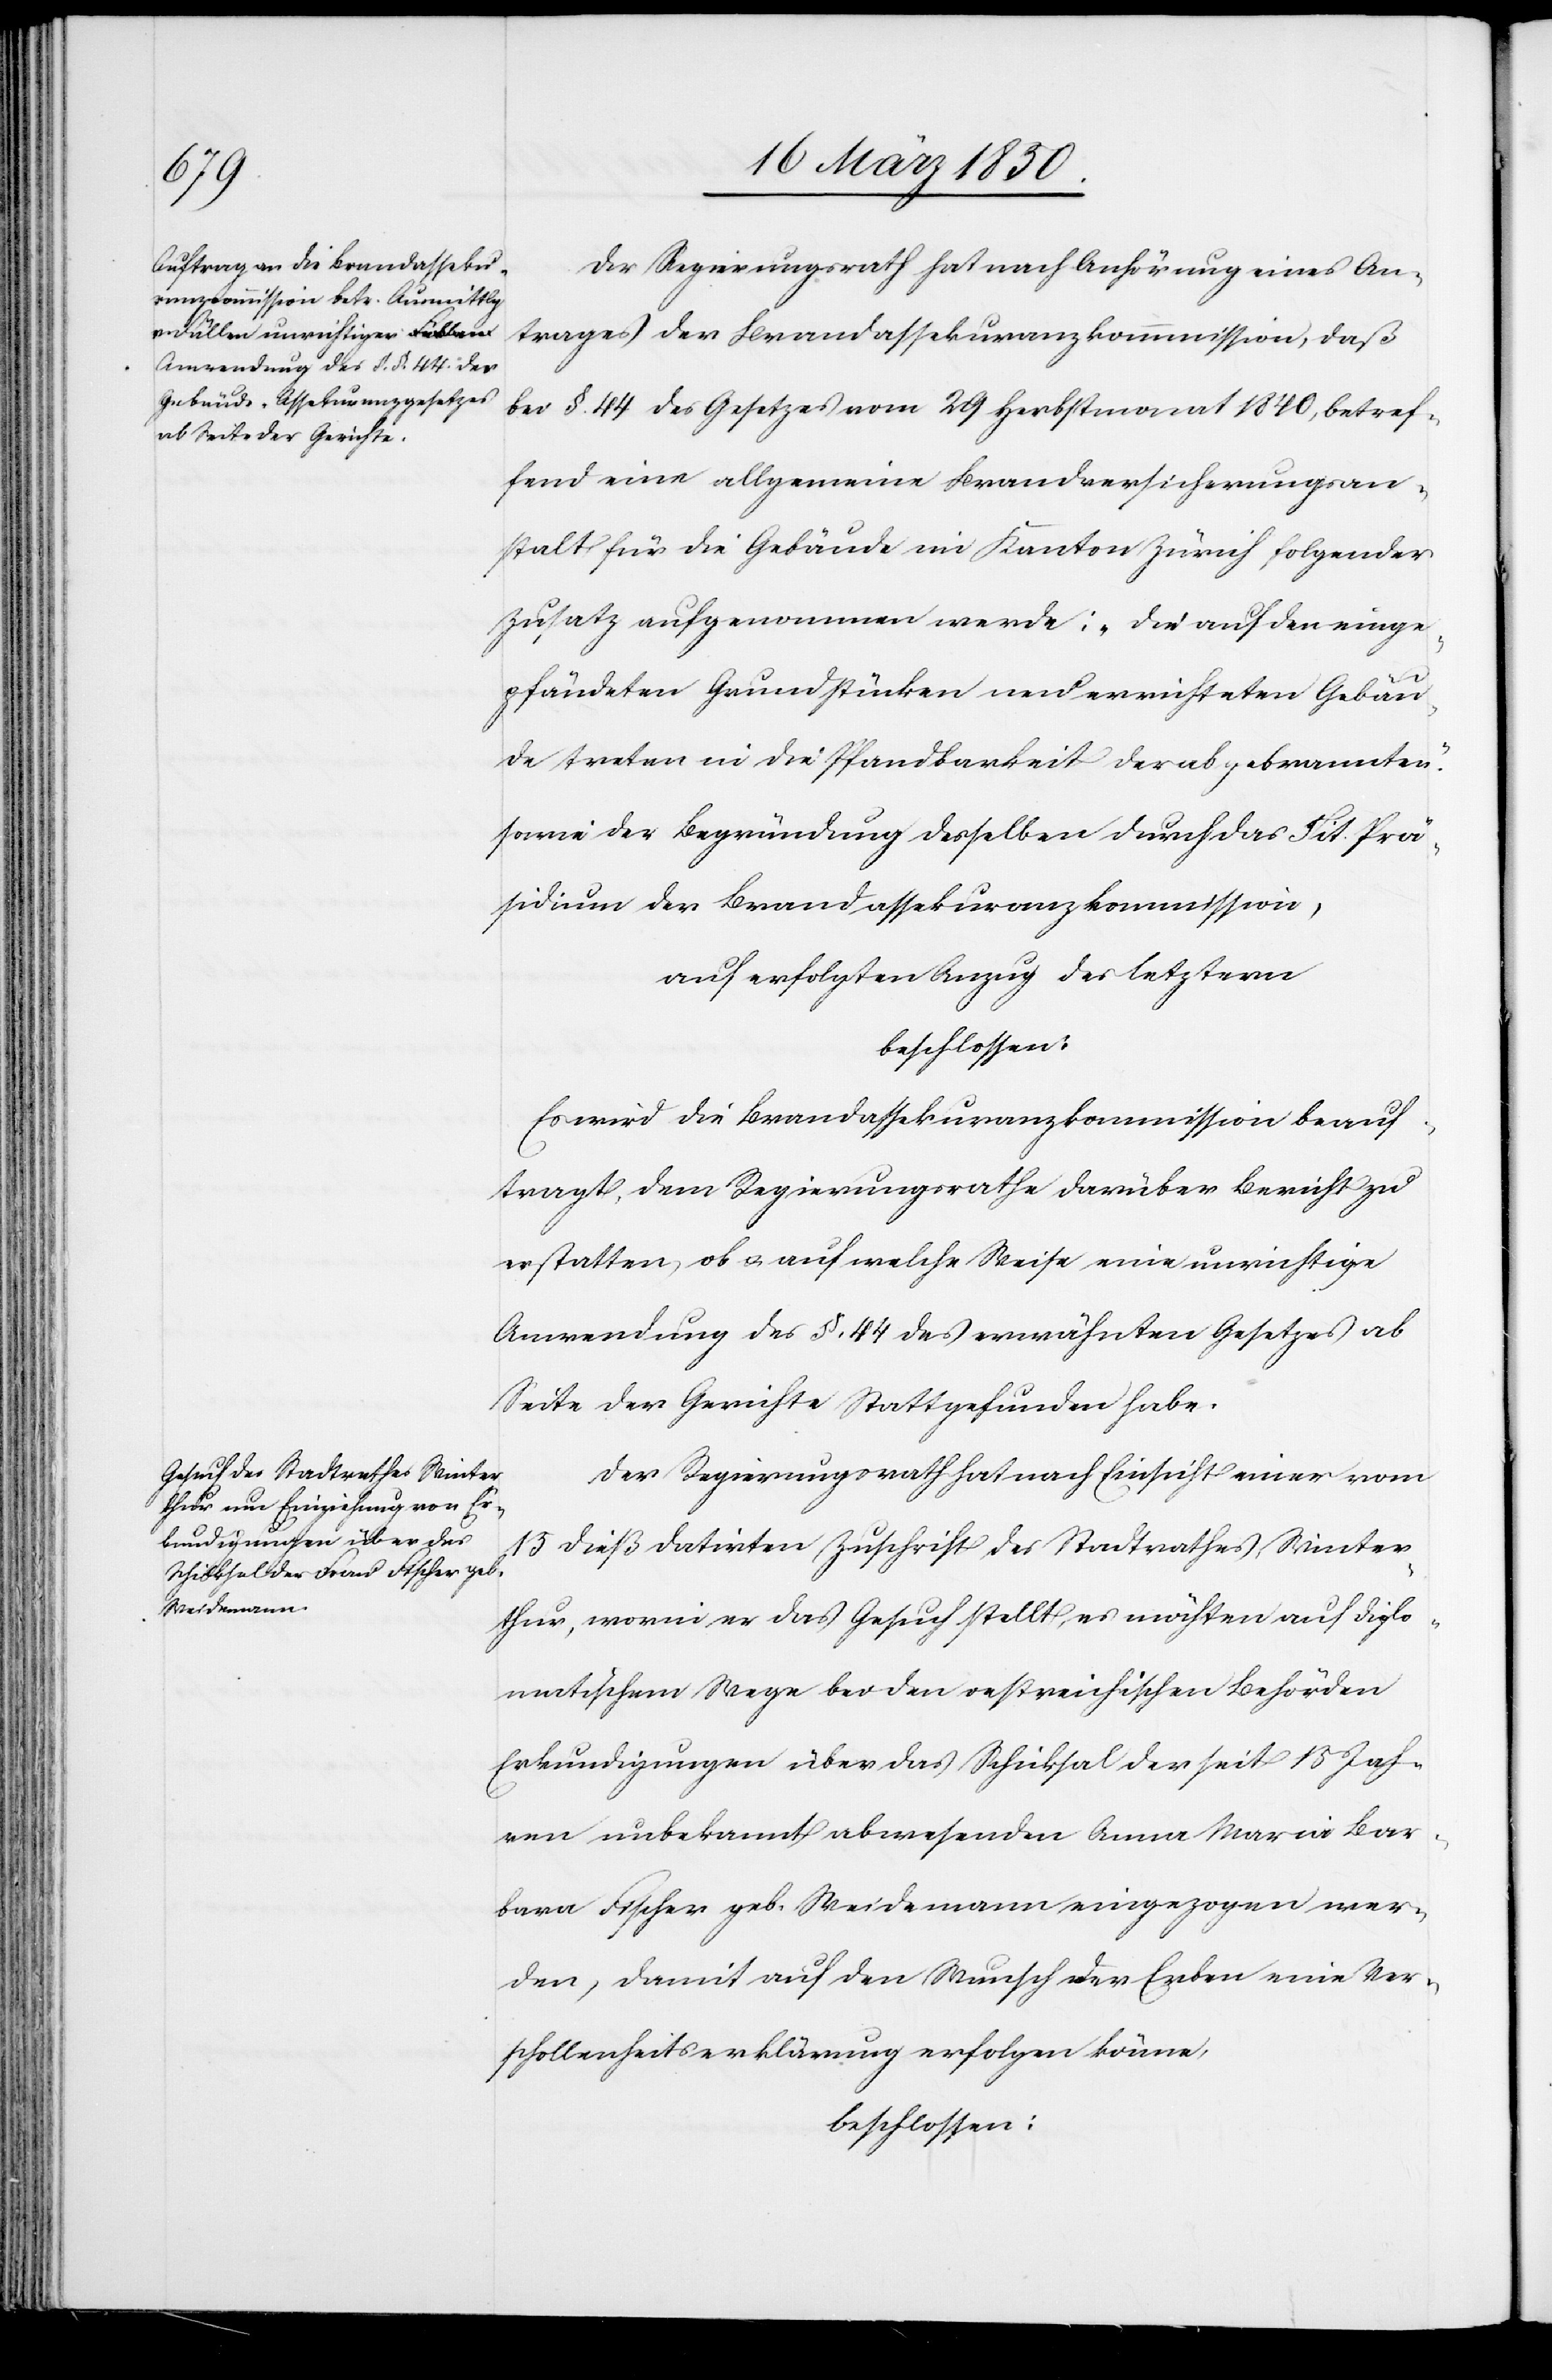
Der Regierungsrath hat nach Anhörung eines An¬
trages der Brandassekuranzkommission, daß
bei §. 44 des Gesetzes vom 29 Herbstmonat 1840, betref¬
fend eine allgemeine Brandversicherungsan¬
stalt für die Gebäude im Kanton Zürich folgender
Zusatz aufgenommen werde: „Die auf den einge¬
pfändeten Grundstücken neu errichteten Gebäu¬
de treten in die Pfandbarkeit der abgebrannten.“
sowie der Begründung desselben durch das Tit. Prä¬
sidium der Brandassekuranzkommission,
auf erfolgten Anzug des letztern
beschlossen:
Es wird die Brandassekuranzkommission beauf¬
tragt, dem Regierungsrathe darüber Bericht zu
erstatten, ob u. auf welche Weise, eine unrichtige
Anwendung des §. 44 des erwähnten Gesetzes ab
Seite der Gerichte Statt gefunden habe.
Der Regierungsrath hat nach Einsicht einer vom
15 dieß datirten Zuschrift des Stadtrathes Winter¬
thur, worin er das Gesuch stellt, es möchten auf diplo¬
matischem Wege bei den oestreichischen Behörden
Erkundigungen über das Schicksal der seit 15 Jah¬
ren unbekannt abwesenden Anna Maria Bar¬
bara Fischer geb. Weidemann eingezogen wer¬
den, damit auf den Wunsch der Erben eine Ver¬
schollenheitserklärung erfolgen könne,
beschlossen: